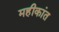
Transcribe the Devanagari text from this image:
महीकांत